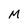
Character: M